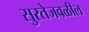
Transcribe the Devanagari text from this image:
सुरतेजवळील